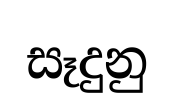
සෑදුනු